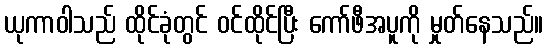
ယုကာဝါသည် ထိုင်ခုံတွင် ဝင်ထိုင်ပြီး ကော်ဖီအပူကို မှုတ်နေသည်။